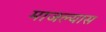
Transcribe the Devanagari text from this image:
माजल्यास